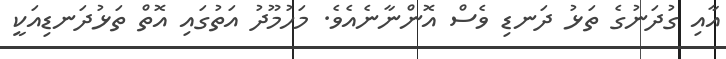
އާއި ގުދަނުގެ ތަޅު ދަނޑި ވެސް އޮންނާނެއެވެ. މަހުމޫދު އަތުގައި އޮތް ތަޅުދަނޑިއަކީ